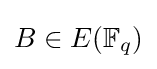
B\in E(\mathbb {F} _{q})